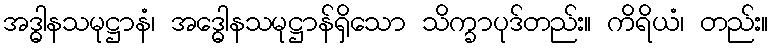
အဒ္ဓါနသမုဋ္ဌာနံ၊ အဒ္ဓေါနသမုဋ္ဌာန်ရှိသော သိက္ခာပုဒ်တည်း။ ကိရိယံ၊ တည်း။